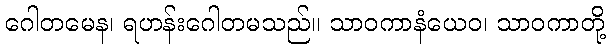
ဂေါတမေန၊ ရဟန်းဂေါတမသည်။ သာဝကာနံယေဝ၊ သာဝကာတို့